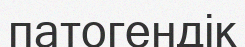
патогендік